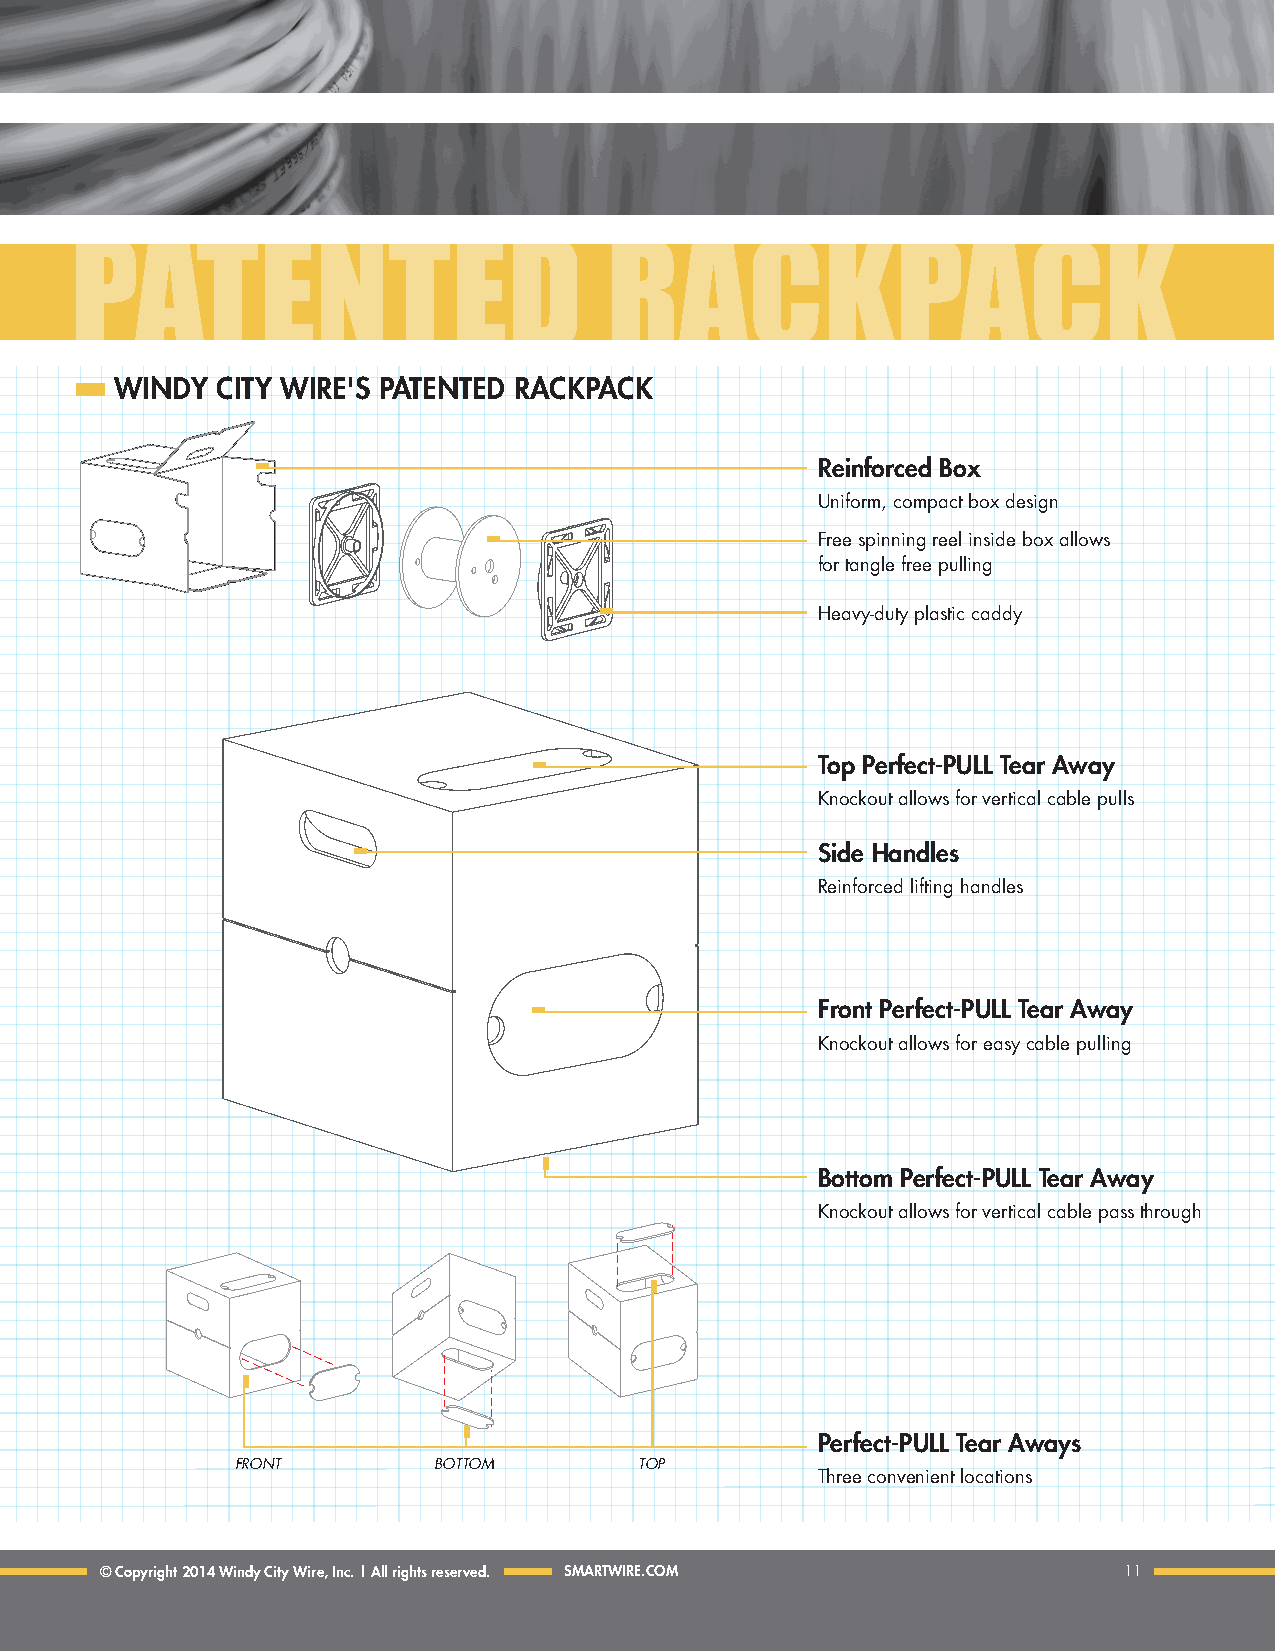
PATENTED                           RACKPACK
 WINDY CItY WIRE'S PAtENtED RACKPACK
 Reinforced Box
 Uniform, compact box design
 Free spinning reel inside box allows
 for tangle free pulling
 Heavy-duty plastic caddy
 top Perfect-PULL tear Away
 Knockout allows for vertical cable pulls
 Side handles
 Reinforced lifting handles
 front Perfect-PULL tear Away
 Knockout allows for easy cable pulling
 Bottom Perfect-PULL tear Away
 Knockout allows for vertical cable pass through
 Perfect-PULL tear Aways
 FRoNT        BoTToM       ToP
 Three convenient locations
 © Copyright 2014 Windy City Wire, Inc. | All rights reserved. SMARtWIRE.COM 11